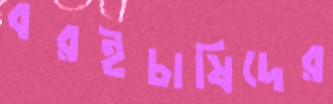
বরইচাষিদের